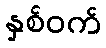
နှစ်ဝက်